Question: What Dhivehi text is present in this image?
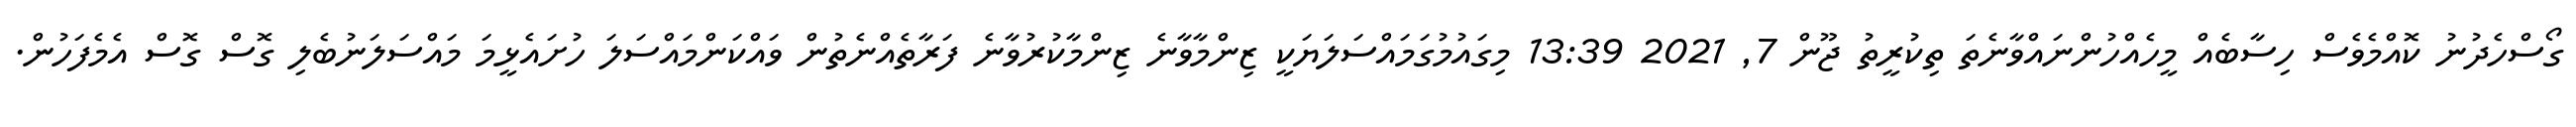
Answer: ގޯސްހެދުނު ކޮއްމެވެސް ހިސާބެއް މީހެއްހުންނައްވާނެތަ ތިކުރީތު ޖޫން 7, 2021 13:39 މިގައުމުގަމައްސަލަޔަކީ ޒިންމާވާނެ ޒިންމާކުރުވާނެ ފަރާތެއްނެތުން ވައްކަންމައްސަލަ ހުށައެޅީމަ މައްސަލަނުބެލި ގޮސް ގޮސް އެމެފަހުން.